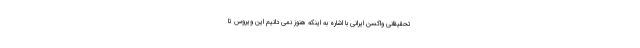
تحقیقانی واکسن ایرانی با اشاره به اینکه هنوز نمی دانیم این ویروس تا